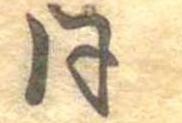
同